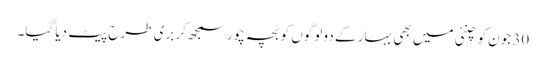
30 جون کو چنئی میں بھی بہار کے دو لوگوں کو بچہ چور سمجھ‌کر بری طرح پیٹ دیا گیا۔